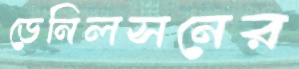
ডেনিলসনের